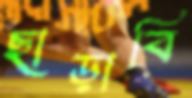
ছাড়াবি